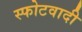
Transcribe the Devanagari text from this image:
स्फोटवादी